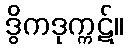
ဒွိကဒုက္ကဋ်။